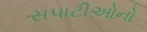
સપાટીઓનો